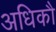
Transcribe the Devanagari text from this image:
अधिकौ